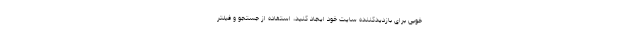
خوبی برای بازدیدکننده سایت خود ایجاد کنید، استفاده از جستجو و فیلتر